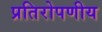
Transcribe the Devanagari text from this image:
प्रतिरोपणीय